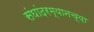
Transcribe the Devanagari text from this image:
संघांदरम्यानच्या